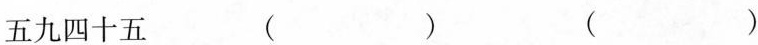
五九四十五（）（）